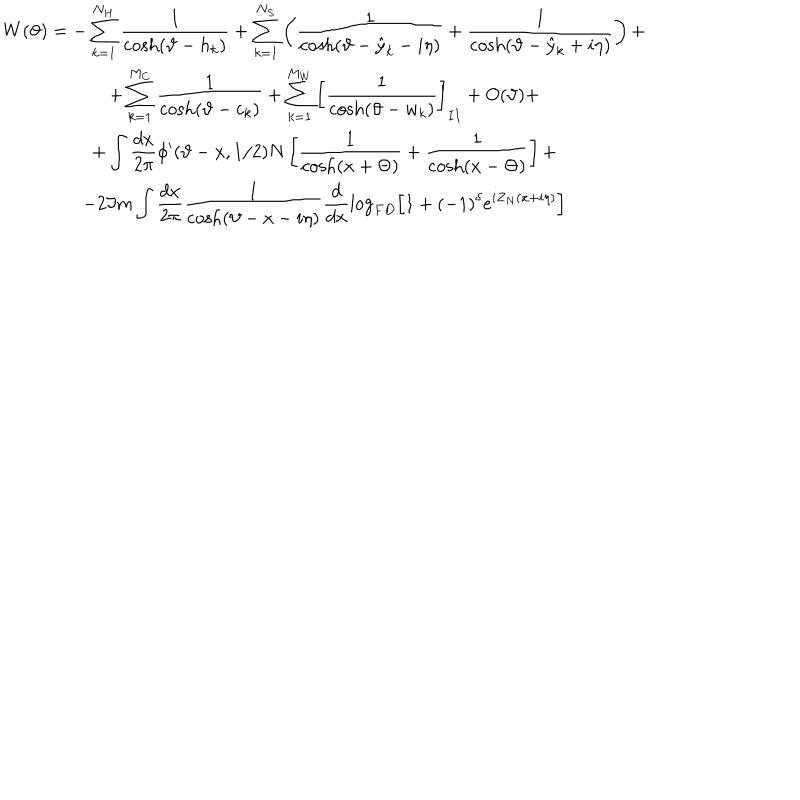
\begin{array} { c } { { \displaystyle W ( \vartheta ) = - \displaystyle \sum _ { k = 1 } ^ { N _ { H } } \displaystyle \frac { 1 } { \cosh ( \vartheta - h _ { k } ) } + \displaystyle \sum _ { k = 1 } ^ { N _ { S } } \left( \displaystyle \frac { 1 } { \cosh ( \vartheta - \hat { y } _ { k } - i \eta ) } + \displaystyle \frac { 1 } { \cosh ( \vartheta - \hat { y } _ { k } + i \eta ) } \right) + } } \\ { { + \displaystyle \sum _ { k = 1 } ^ { M _ { C } } \displaystyle \frac { 1 } { \cosh ( \vartheta - c _ { k } ) } + \displaystyle \sum _ { k = 1 } ^ { M _ { W } } \left[ \displaystyle \frac { 1 } { \cosh ( \vartheta - w _ { k } ) } \right] _ { I I } + O ( \vartheta ) + } } \\ { { + \displaystyle \int \displaystyle \frac { d x } { 2 \pi } \phi ^ { \prime } ( \vartheta - x , 1 / 2 ) N \left[ \displaystyle \frac { 1 } { \cosh ( x + \Theta ) } + \displaystyle \frac { 1 } { \cosh ( x - \Theta ) } \right] + } } \\ { { - 2 \Im m \displaystyle \int \displaystyle \frac { d x } { 2 \pi } \displaystyle \frac { 1 } { \cosh ( \vartheta - x - i \eta ) } \displaystyle \frac { d } { d x } \log _ { F D } \left[ 1 + ( - 1 ) ^ { \delta } e ^ { i Z _ { N } ( x + i \eta ) } \right] } } \\ \end{array}